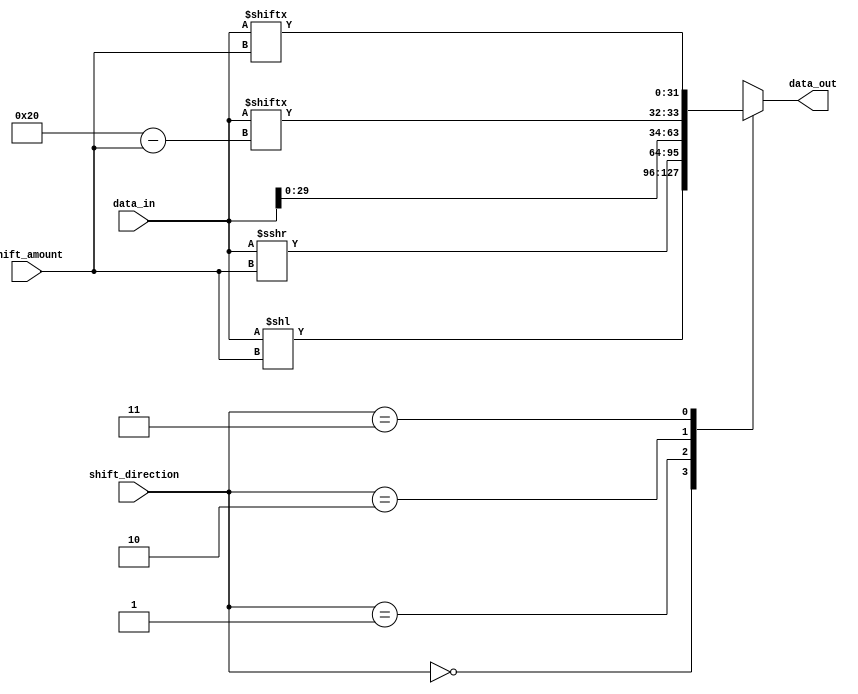
module barrel_shifter (
    input [31:0] data_in,
    input [4:0] shift_amount,
    input [1:0] shift_direction,
    output reg [31:0] data_out
);

reg [31:0] shifted_data;

always @(*) begin
    case (shift_direction)
        2'b00: shifted_data = data_in << shift_amount; // left shift
        2'b01: shifted_data = data_in >>> shift_amount; // right shift with sign extension
        2'b10: shifted_data = {data_in[31-shift_amount:0], data_in[31:32-shift_amount]}; // rotate left
        2'b11: shifted_data = {data_in[shift_amount-1:0], data_in[31:shift_amount]}; // rotate right
    endcase
    
    data_out = shifted_data;
end

endmodule